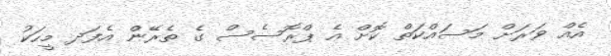
އެއް ވަރަށް މަސައްކަތް ކޮށް އެ ޕްރޮސެސް ގެ ތެރޭން އެފަދ މީހަކު